Leaving Certificate Examination, 1920
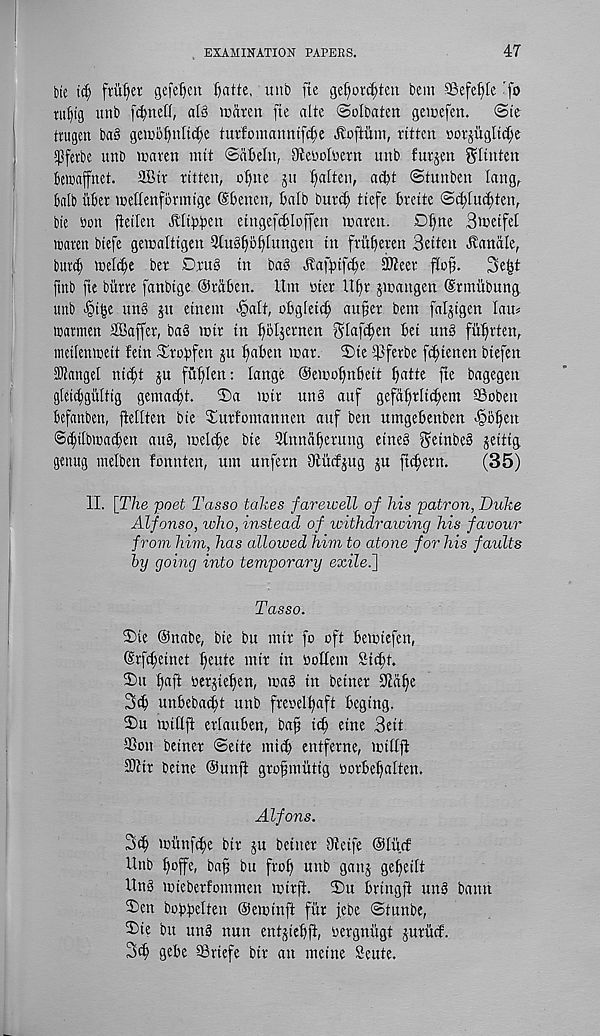
EXAMINATION PAPERS.
47
Me tdj frufyer gefe^cit ^atte, unb fte gef»orc^ten bem SSefc^Ie r fo
tu^ig mib f(|ne[f, aid icaren fte aide ©olbaten geicefen.
@te
ttugen bag gemofyutidje turfomanntfc^e dtoftiim, ttitcn oorjiigltc^e
$fefbc unb waren mit ©dBeln, Otenobern unb fur^en gltuten
bewajfnet. Sir rittcn, ofme ju fatten, ac^t ©tunben lang,.
balb fiber nietlenformige dbeuen, balb burcb tiefe breite (Scblucbten,
bie bon fieilen Mt^ben eingefcblof® tcaren.
Dfine Bweifel
loaren btefe gewaltigen Sbugbbbiungen in fritfieren Beiten Canale,
burd) mefdje ber Drug in bag dbafbif^e 3Weer fto§.
3e^t
fmb fte bfirre fanbige (Sraben. Um bier Ufjr jtcangen (Srmubung
unb <§i§e un§ ju einem ^alt, obgleidj aufer bem faljigen lau^
tcarmen Suffer, bag mir in f)bljernen glafc^en bet ung ffi^rten,
ineilemceii fetn Sirobfen jtt ^aben mar. 2)ie ^Jferbe fc^ienen biefen
Siangel nic^t ju fttb)Ien: lange ©emotjnbeit ^atte fte bagegen
gleicbgfiltig gemadft.
mir ung auf gefafjrltdfem SSoben
befanben, ftellten bie ^ittfontamtcn auf ben umgebenben <§o^en
©dfilbmadfen au8, melct^e bte Qtnnaberung eineg ^einbes jeitig
gcttug melben fonnten, urn unfern OJficfjug ju ftcfern.
(35)
II. [The poet Tasso takes farewell of his patron, Duhe
Alfonso, who, instead of withdrawing his favour
from him, has allowed him to atone for his faults
by going into temporary exilef\
Tasso.
3)te @nabe, bie bu mir fo oft bemtefen,
Srfdfetnet tfeute mir in bottein Std;t.
®u f»aft bergie^en, mag in betner 9Mf)e
3cb unbebacbt unb frebel^aft bcgtng.
2)u mttift eriauben, ba^ icf) eine Beit
2?on beiner <3eite micfi entferne, mitlft
9)tir beine Ounfi grofmutig borbefialten.
Alfons.
3df munf^e bir ju betner Oleife @Ifi.cf
Unb fioffc, bap bu frol) unb ganj ge^eilt
Ung mieberfommen mir ft. T>u bringft ung bann
2)en bobbelten ©eminft fur jebe ©tunbe,
2)ie bu ung nun entjiefift, bergnitgt jurucf.
3d) gebe ®riefe bir an meine Sente.